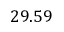
2 9 . 5 9